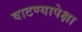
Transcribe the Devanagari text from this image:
वाटण्यापेक्षा